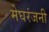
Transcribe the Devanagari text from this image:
मेघरंजनी